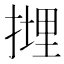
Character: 𢲪